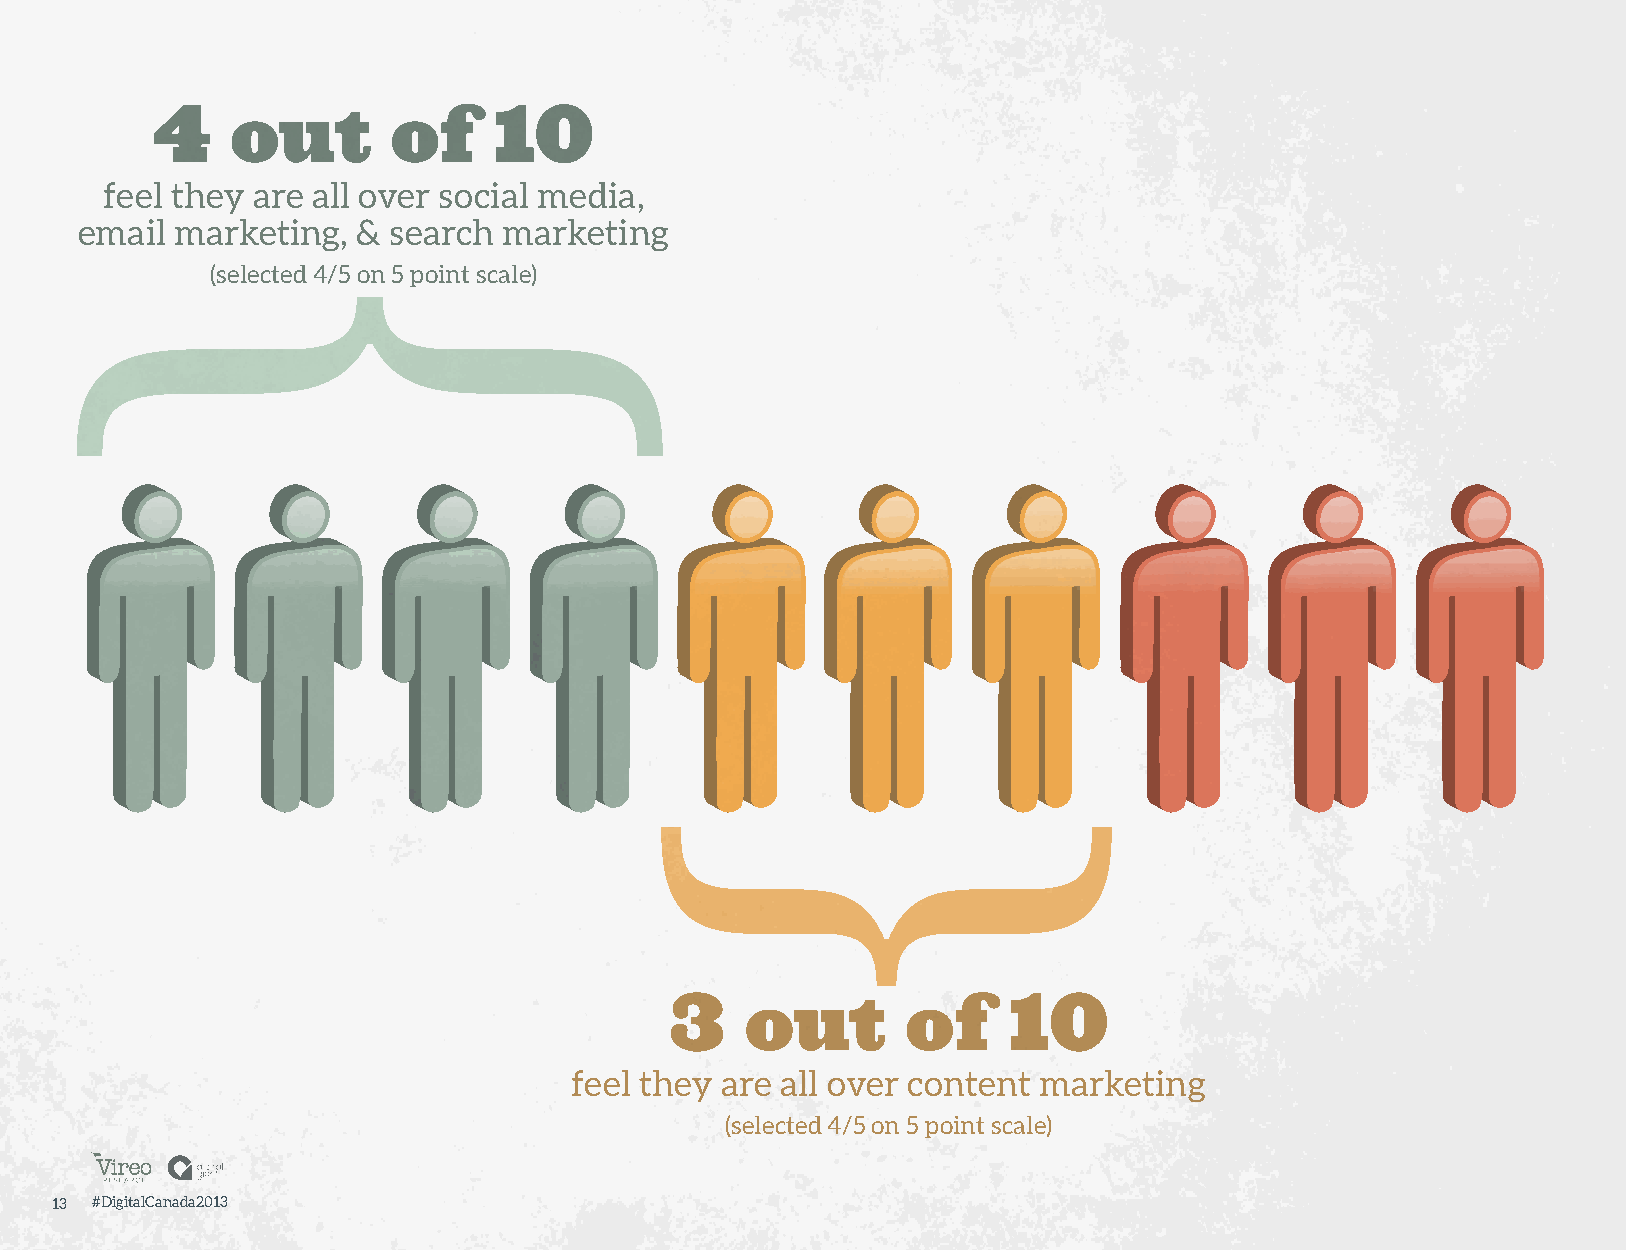
4    out        of     10
 feel they are all over social media,
 email  marketing,  & search marketing
 (selected 4/5 on 5 point scale)
 3    out        of     10
 feel they are all over content marketing
 (selected 4/5 on 5 point scale)
 13 #DigitalCanada2013